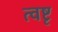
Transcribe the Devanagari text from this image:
त्वष्टृ